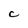
Character: C